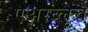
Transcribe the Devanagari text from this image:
एअरब्लूचे